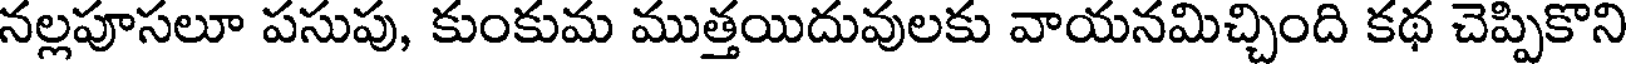
నల్లపూసలూ పసుపు, కుంకుమ ముత్తయిదువులకు వాయనమిచ్చింది కథ చెప్పికొని